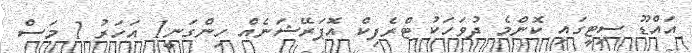
އައްޑޫ ސިޓީގައި ކޮންމެ ދުވަހަކު ޓްރެފިކް އޮޕަރޭޝަނެއް ހިންގަނީ1 އަހަރު 1 މަސް